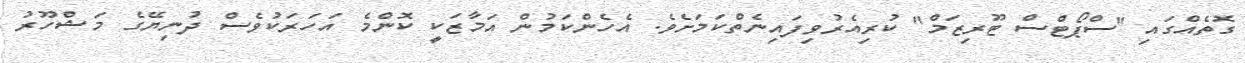
ގޮތެއްގައި "ސްޕޯޓްސް ޓޫރިޒަމް" ކުރިއެރުވިފައިނެތްކަމަށެވެ. އެހެންކަމުން އަމާޒަކީ ކޮންމެ އަހަރަކުވެސް ދުނިޔޭގެ މަޝްހޫރު